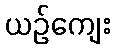
ယဉ်ကျေး